Madras marine plague regulations
Disease focus: Plague
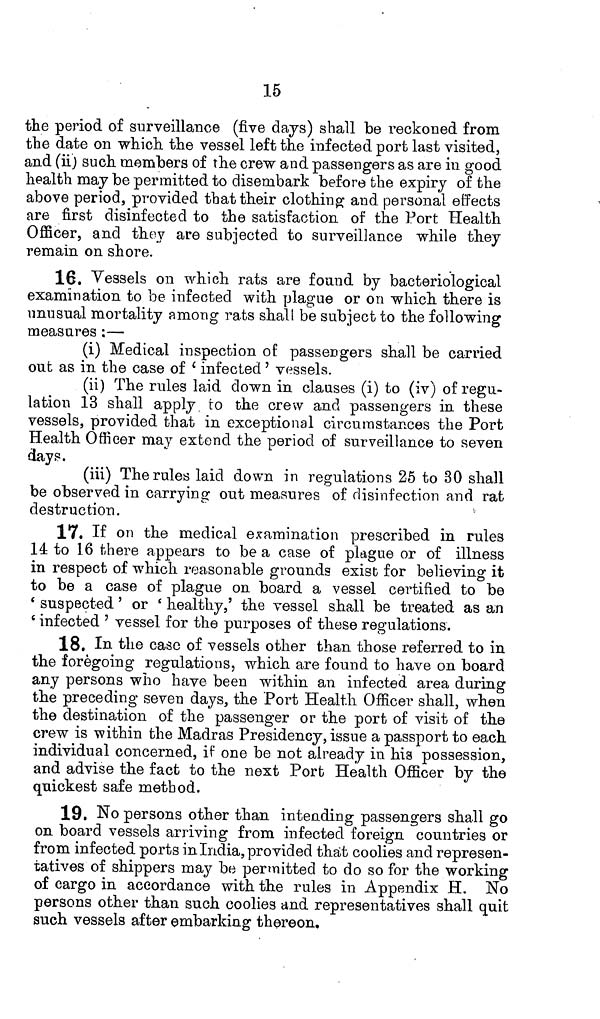
15
the period of surveillance (five days) shall be reckoned from
the date on which the vessel left the infected port last visited,
and (ii) such members of the crew and passengers as are in good
health may be permitted to disembark before the expiry of the
above period, provided that their clothing and personal effects
are first disinfected to the satisfaction of the Port Health
Officer, and they are subjected to surveillance while they
remain on shore.
16. Vessels on which rats are found by bacteriological
examination to be infected with plague or on which there is
unusual mortality among rats shall be subject to the following
measures:—
(i) Medical inspection of passengers shall be carried
out as in the case of 'infected' vessels.
(ii) The rules laid down in clauses (i) to (iv) of regu-
lation 13 shall apply to the crew and passengers in these
vessels, provided that in exceptional circumstances the Port
Health Officer may extend the period of surveillance to seven
days.
(iii) The rules laid down in regulations 25 to 30 shall
be observed in carrying out measures of disinfection and rat
destruction.
l
17. If on the medical examination prescribed in rules
14 to 16 there appears to be a case of plague or of illness
in respect of which reasonable grounds exist for believing it
to be a case of plague on board a vessel certified to be
'suspected'
'infected'
18. In the case of vessels other than those referred to in
the foregoing regulations, which are found to have on board
any persons who have been within an infected area during
the preceding seven days, the Port Health Officer shall, when
the destination of the passenger or the port of visit of the
crew is within the Madras Presidency, issue a passport to each,
individual concerned, if one be not already in his possession,
and advise the fact to the next Port Health Officer by the
quickest safe method.
19. No persons other than intending passengers shall go
on board vessels arriving from infected foreign countries or
from infected ports in India, provided that coolies and represen-
tatives of shippers may be permitted to do so for the working
of cargo in accordance with the rules in Appendix H. No
persons other than such coolies and representatives shall quit
such vessels after embarking thereon.